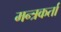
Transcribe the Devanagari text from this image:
मन्त्रकर्ता